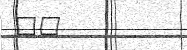
٦١